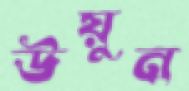
উয়ুন